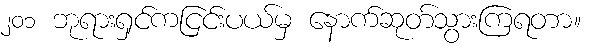
၂၀၁ ဘုရားရှင်ကငြင်းပယ်မှ နောက်ဆုတ်သွားကြရတာ။